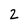
Character: 2